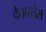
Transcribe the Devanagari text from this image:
केअरलेस